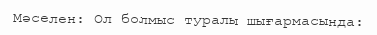
Мәселен: Ол болмыс туралы шығармасында: